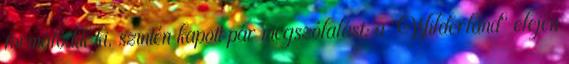
formálódik ki, szintén kapott pár megszólalást; a "Wilderland" elején